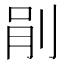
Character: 剈